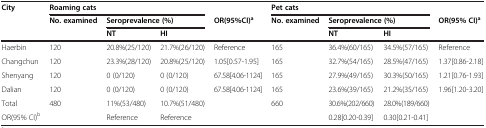
<table><thead><tr><td rowspan="2"><b>City</b></td><td colspan="3"><b>Roaming cats</b></td><td><b> </b></td><td colspan="3"><b>Pet cats</b></td><td><b> </b></td></tr><tr><td><b>No. examined</b></td><td colspan="2"><b>Seroprevalence (%)</b></td><td><b>OR(95%CI)<sup>a</sup></b></td><td><b>No. examined</b></td><td colspan="2"><b>Seroprevalence (%)</b></td><td><b>OR(95% CI)<sup>a</sup></b></td></tr><tr><td><b> </b></td><td><b> </b></td><td><b>NT</b></td><td><b>HI</b></td><td><b> </b></td><td><b> </b></td><td><b>NT</b></td><td><b>HI</b></td><td><b> </b></td></tr></thead><tbody><tr><td>Haerbin</td><td>120</td><td>20.8%(25/120)</td><td>21.7%(26/120)</td><td>Reference</td><td>165</td><td>36.4%(60/165)</td><td>34.5%(57/165)</td><td>Reference</td></tr><tr><td>Changchun</td><td>120</td><td>23.3%(28/120)</td><td>20.8%(25/120)</td><td>1.05[0.57-1.95]</td><td>165</td><td>32.7%(54/165)</td><td>28.5%(47/165)</td><td>1.37[0.86-2.18]</td></tr><tr><td>Shenyang</td><td>120</td><td>0 (0/120)</td><td>0 (0/120)</td><td>67.58[4.06-1124]</td><td>165</td><td>27.9%(49/165)</td><td>30.3%(50/165)</td><td>1.21[0.76-1.93]</td></tr><tr><td>Dalian</td><td>120</td><td>0 (0/120)</td><td>0 (0/120)</td><td>67.58[4.06-1124]</td><td>165</td><td>23.6%(39/165)</td><td>21.2%(35/165)</td><td>1.96[1.20-3.20]</td></tr><tr><td>Total</td><td>480</td><td>11%(53/480)</td><td>10.7%(51/480)</td><td> </td><td>660</td><td>30.6%(202/660)</td><td>28.0%(189/660)</td><td> </td></tr><tr><td>OR(95% CI)<sup>b</sup></td><td> </td><td>Reference</td><td>Reference</td><td> </td><td> </td><td>0.28[0.20-0.39]</td><td>0.30[0.21-0.41]</td><td> </td></tr></tbody></table>